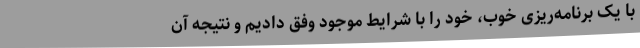
با یک برنامه‌ریزی خوب، خود را با شرایط موجود وفق دادیم و نتیجه آن